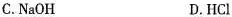
C.NaOH D.HCl